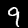
Digit: 9